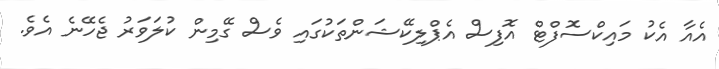
އެއާ އެކު މައިކްސޮފްޓް އޮފިސް އެޕްލިކޭޝަންތަކުގައި ވެސް ގޭމިން ކުލަވަރު ޖެހޭނެ އެވެ.